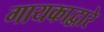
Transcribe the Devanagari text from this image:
गायकाद्वारे